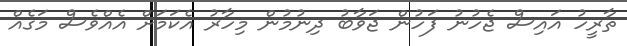
ތާރީހު އައިސް ޖެހުނު ފަހުން ޖަވާބު ދިނުމުން މިހާރު އެކަމަށް އެއްވެސް މަގެއް